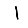
Digit: 1